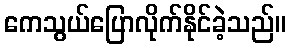
ကေသွယ်ပြောလိုက်နိုင်ခဲ့သည်။